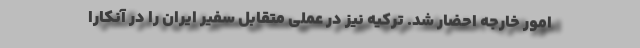
امور خارجه احضار شد. ترکیه نیز در عملی متقابل سفیر ایران را در آنکارا